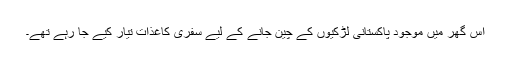
اس گھر میں موجود پاکستانی لڑکیوں کے چین جانے کے لیے سفری کاغذات تیار کیے جا رہے تھے۔